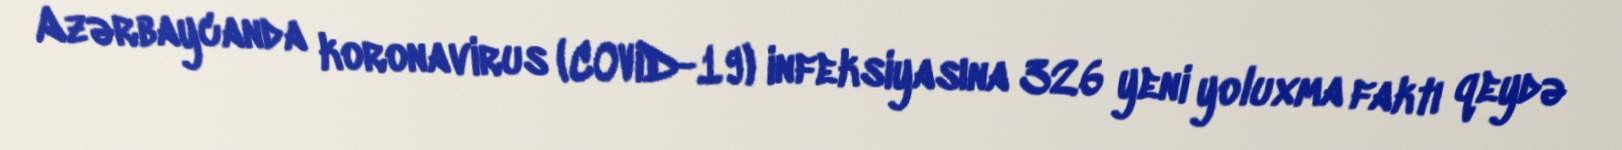
Azərbaycanda koronavirus (COVID-19) infeksiyasına 326 yeni yoluxma faktı qeydə